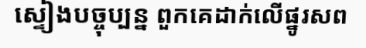
ស្ទៀងបច្ចុប្បន្ន ពួកគេដាក់លើផ្នូរសព